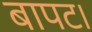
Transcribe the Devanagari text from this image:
बापट।